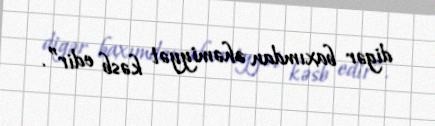
digər baxımdan əhəmiyyət kəsb edir”.